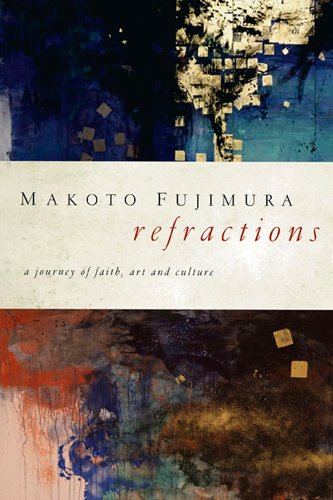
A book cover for Refractions: A Journey of Faith, Art, and Culture; Makoto Fujimura; Arts & Photography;